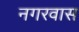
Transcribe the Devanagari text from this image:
नगरवास